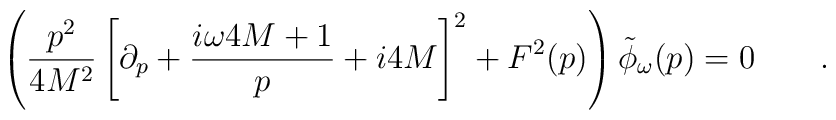
\left( {p^2 \over 4 M^2} \left [ \partial_p + {i \omega 4 M + 1 \over p} + i 4 M\right ] ^2 + F^2 (p) \right ) \tilde \phi_\omega (p) = 0 \qquad .